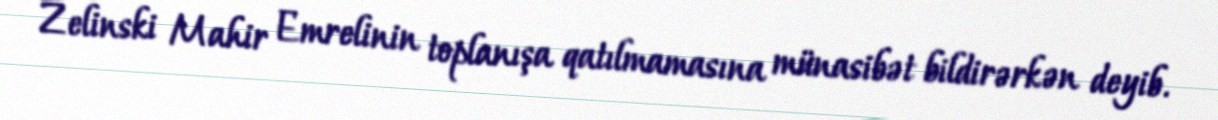
Zelinski Mahir Emrelinin toplanışa qatılmamasına münasibət bildirərkən deyib.